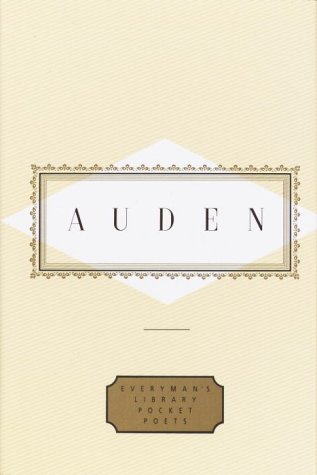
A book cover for Auden: Poems (Everyman's Library Pocket Poets); W. H. Auden; Literature & Fiction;